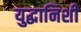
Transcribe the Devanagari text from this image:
युद्धानिशी